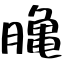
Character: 𪚲